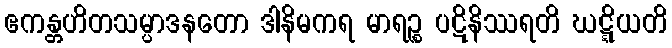
ဧကန္တဟိတသမ္ပာဒနတော ဒါနိမကရ မာရဉ္စ ပဋိနိဿရတိ ဃဋ္ဋိယတိ